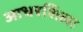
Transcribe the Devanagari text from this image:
आधरशिला